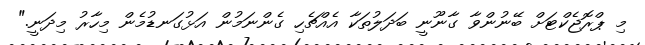
މި ޕްރޮޖެކްޓަށް ބޭނުންވާ ގާނޫނީ ބަދަލުތަކާ އެއްޗެހި ގެންނަމުން އަޅުގަނޑުމެން މިހާރު މިދަނީ."